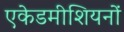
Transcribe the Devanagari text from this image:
एकेडमीशियनों